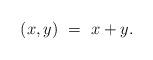
LaTeX: \begin{align*}(x,y) \ = \ x + y.\end{align*}